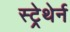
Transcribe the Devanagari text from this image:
स्ट्रेथेर्न